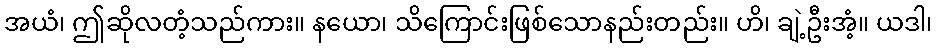
အယံ၊ ဤဆိုလတံ့သည်ကား။ နယော၊ သိကြောင်းဖြစ်သောနည်းတည်း။ ဟိ၊ ချဲ့ဦးအံ့။ ယဒါ၊